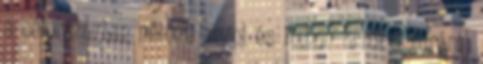
a célországban német, angol és itthon Erről a túráról